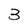
Character: 3